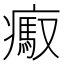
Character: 𤺶